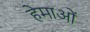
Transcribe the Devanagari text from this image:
हेमाओं